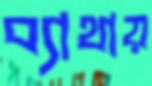
ব্যাথায়